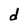
Character: d